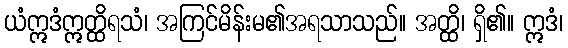
ယံဣဒံဣတ္ထိရသံ၊ အကြင်မိန်းမ၏အရသာသည်။ အတ္ထိ၊ ရှိ၏။ ဣဒံ၊